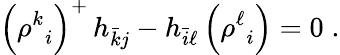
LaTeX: \Bigl({\rho^{k}}_{i}\Bigr)^{+}\, h_{\bar{k}j}-h_{\bar{i}\ell}\, \Bigl({\rho^{\ell}}_{i}\Bigr)=0\; .